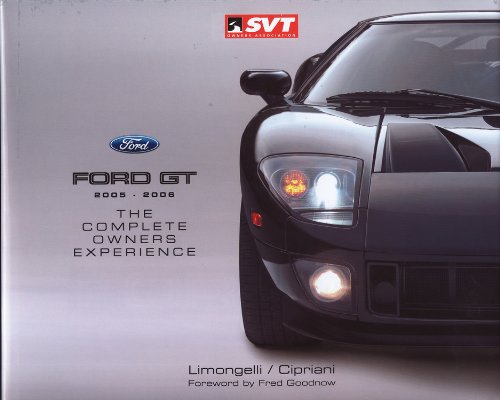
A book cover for Ford GT 2005-2006: The Complete Owners Experience; Joseph V. Limongelli; Engineering & Transportation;